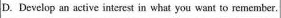
D. Develop an active interest in what you want to remember.